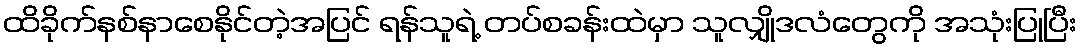
ထိခိုက်နစ်နာစေနိုင်တဲ့အပြင် ရန်သူရဲ့ တပ်စခန်းထဲမှာ သူလျှိုဒလံတွေကို အသုံးပြုပြီး